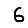
Digit: 6